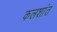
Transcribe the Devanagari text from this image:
कलशांत